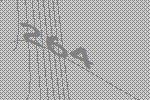
264